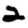
Digit: 2